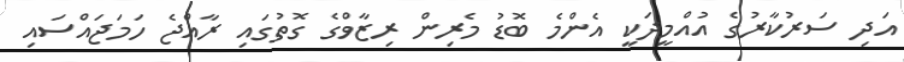
އަދި ސަރުކާރުގެ އުއްމީދަކީ އެންމެ ބޮޑު މެރިން ރިޒާވްގެ ގޮތުގައި ރާއްޖެ ހަމަޖައްސައި